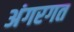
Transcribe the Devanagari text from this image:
अंगरगत